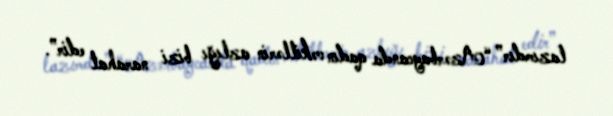
lazımdır” “Azərbaycanda qadın vəkillərin azlığı bizi narahat edir”.